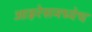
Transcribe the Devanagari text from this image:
आइरेसमध्येच